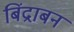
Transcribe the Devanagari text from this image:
बिंद्राबन